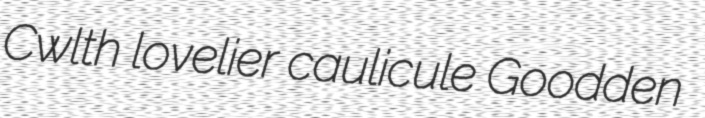
Cwlth lovelier caulicule Goodden